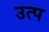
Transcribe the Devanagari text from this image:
उत्प